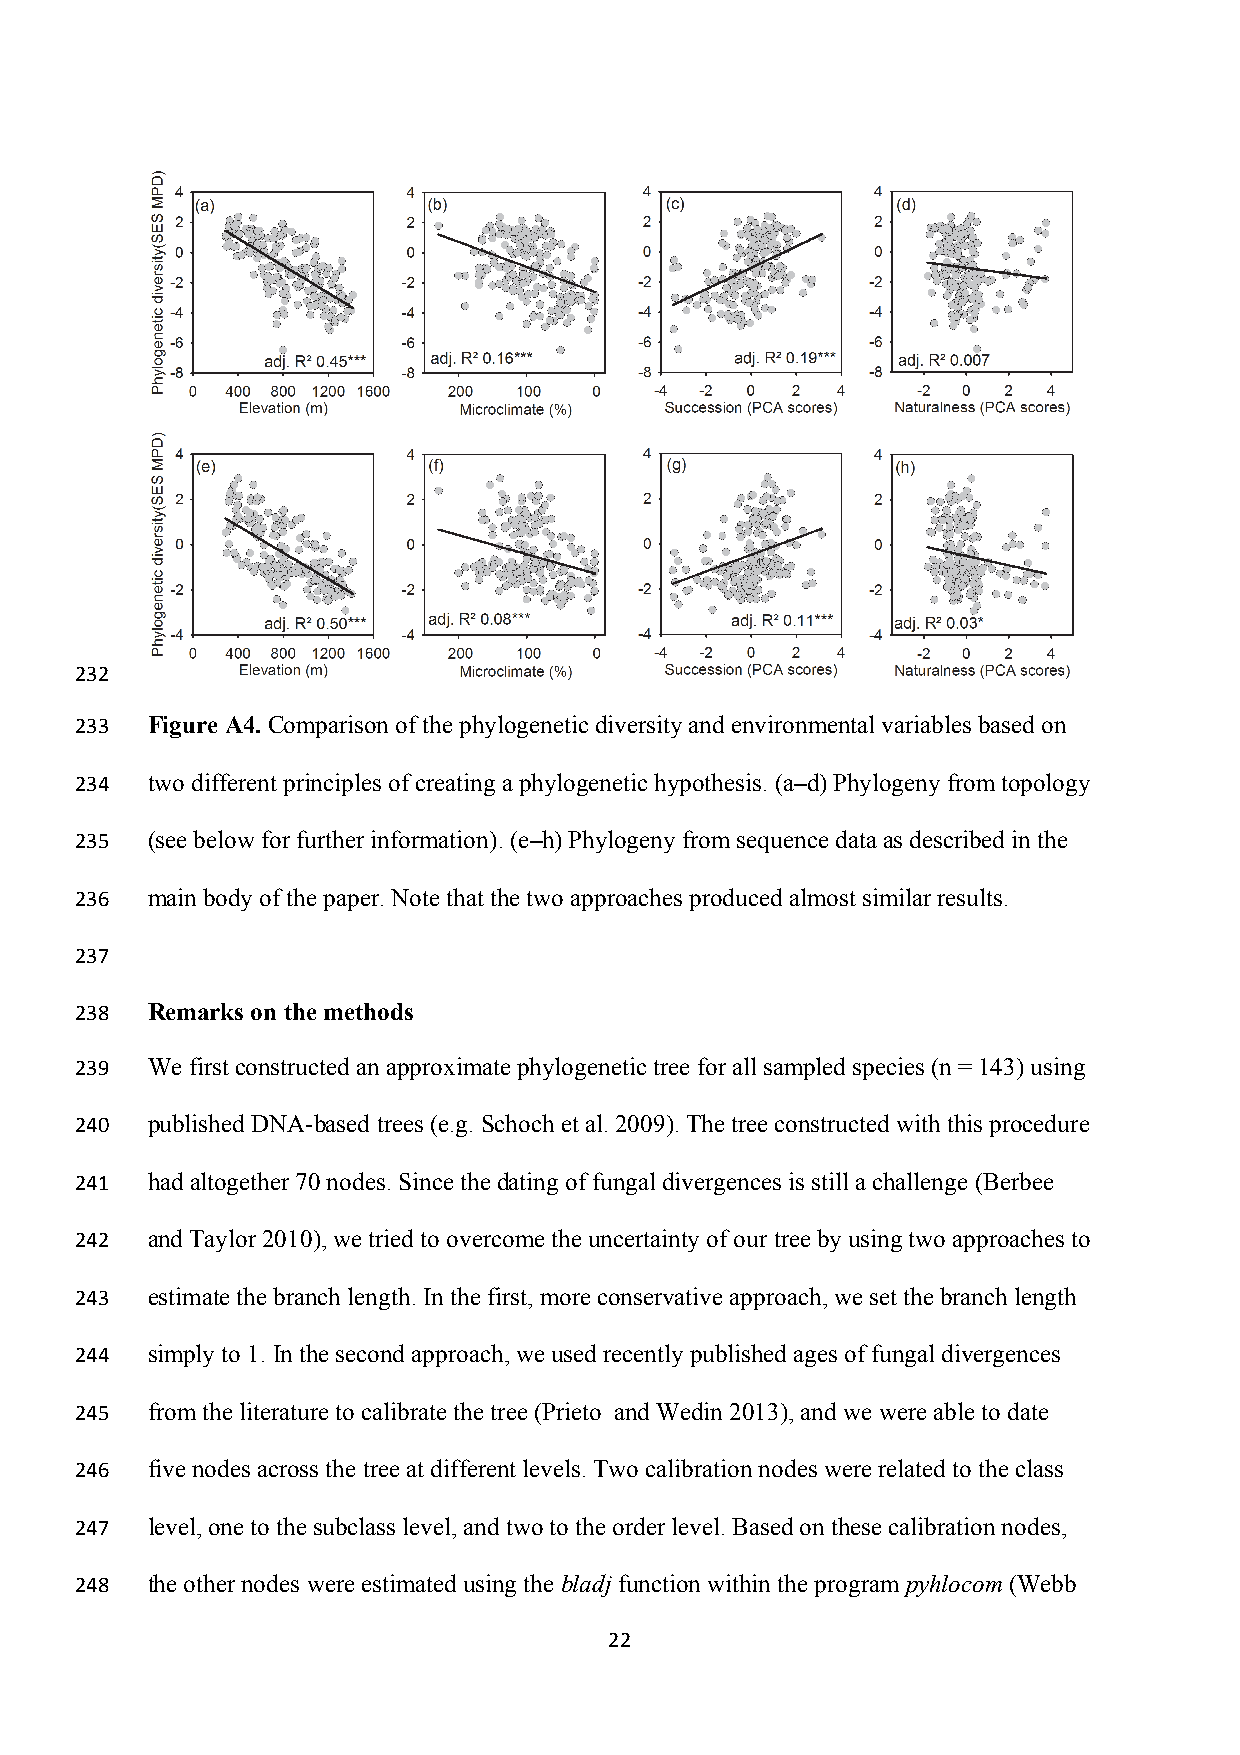
232
 233  Figure A4. Comparison of the phylogenetic diversity and environmental variables based on
 234  two different principles of creating a phylogenetic hypothesis. (a–d) Phylogeny from topology
 235  (see below for further information). (e–h) Phylogeny from sequence data as described in the
 236  main body of the paper. Note that the two approaches produced almost similar results.
 237
 238  Remarks on the methods
 239  We first constructed an approximate phylogenetic tree for all sampled species (n = 143) using
 240  published DNA-based trees (e.g. Schoch et al. 2009). The tree constructed with this procedure
 241  had altogether 70 nodes. Since the dating of fungal divergences is still a challenge (Berbee
 242  and Taylor 2010), we tried to overcome the uncertainty of our tree by using two approaches to
 243  estimate the branch length. In the first, more conservative approach, we set the branch length
 244  simply to 1. In the second approach, we used recently published ages of fungal divergences
 245  from the literature to calibrate the tree (Prieto and Wedin 2013), and we were able to date
 246  five nodes across the tree at different levels. Two calibration nodes were related to the class
 247  level, one to the subclass level, and two to the order level. Based on these calibration nodes,
 248  the other nodes were estimated using the bladj function within the program pyhlocom (Webb
 22